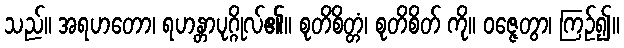
သည်။ အရဟတော၊ ရဟန္တာပုဂ္ဂိုလ်၏။ စုတိစိတ္တံ၊ စုတိစိတ် ကို။ ဝဇ္ဇေတွာ၊ ကြဉ်၍။